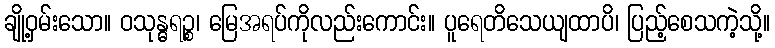
ချို့ဝှမ်းသော။ ဝသုန္ဓရဉ္စ၊ မြေအရပ်ကိုလည်းကောင်း။ ပူရေတိသေယျထာပိ၊ ပြည့်စေသကဲ့သို့။